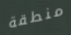
منطقة